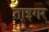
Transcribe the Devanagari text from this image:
ताइगर